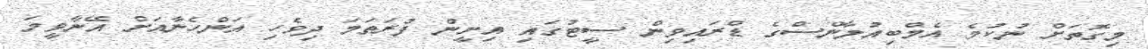
މިގޮތަށް ނުކުމެ އެމްބިއުލާންސްގެ ޑްރައިވިން ސީޓުގައި އިށީން ފުރަތަމަ ދިވެހި އަންހެނާއަށް އޭނާވީމަ